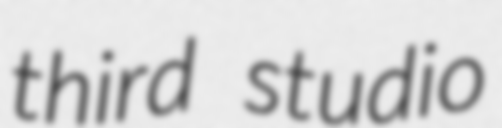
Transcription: third studio